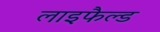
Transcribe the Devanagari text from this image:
लाइफैल्ड